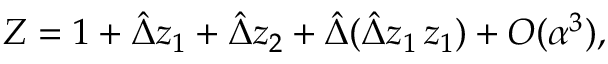
Z = 1 + \hat { \Delta } z _ { 1 } + \hat { \Delta } z _ { 2 } + \hat { \Delta } ( \hat { \Delta } z _ { 1 } \, z _ { 1 } ) + O ( \alpha ^ { 3 } ) ,